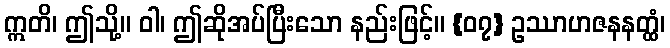
ဣတိ၊ ဤသို့။ ဝါ၊ ဤဆိုအပ်ပြီးသော နည်းဖြင့်။ {၀၇} ဥဿာဟဇနနတ္ထံ၊